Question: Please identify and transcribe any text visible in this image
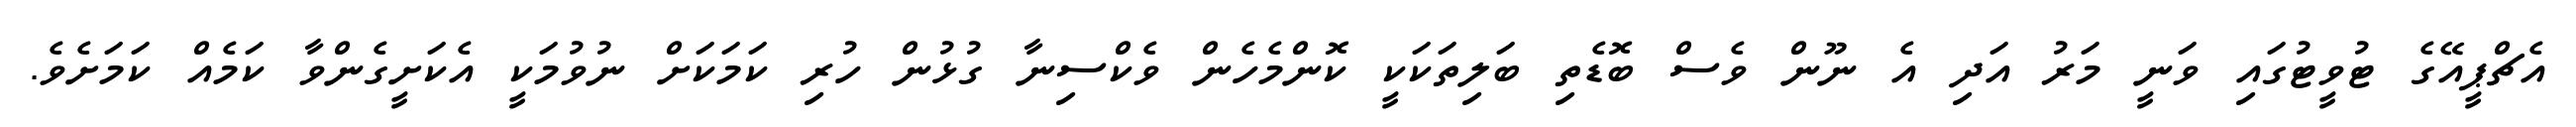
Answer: އެޗްޕީއޭގެ ޓުވީޓުގައި ވަނީ މަރު އަދި އެ ނޫން ވެސް ބޮޑެތި ބަލިތަކަކީ ކޮންމެހެން ވެކްސިނާ ގުޅުން ހުރި ކަމަކަށް ނުވުމަކީ އެކަށީގެންވާ ކަމެއް ކަމަށެވެ.